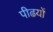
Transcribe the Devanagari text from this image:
पीढयों